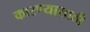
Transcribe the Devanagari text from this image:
कारण्यासाठी